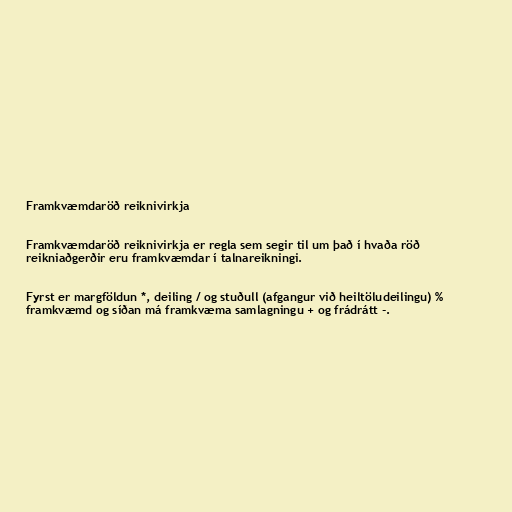
Framkvæmdaröð reiknivirkja

Framkvæmdaröð reiknivirkja er regla sem segir til um það í hvaða röð
reikniaðgerðir eru framkvæmdar í talnareikningi.

Fyrst er margföldun *, deiling / og stuðull (afgangur við heiltöludeilingu) %
framkvæmd og síðan má framkvæma samlagningu + og frádrátt -.